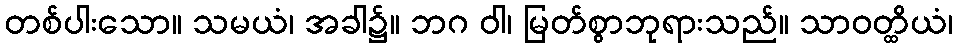
တစ်ပါးသော။ သမယံ၊ အခါ၌။ ဘဂ ဝါ၊ မြတ်စွာဘုရားသည်။ သာဝတ္ထိယံ၊